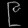
Digit: ၉